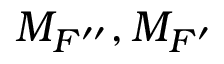
M _ { F ^ { \prime \prime } } , M _ { F ^ { \prime } }